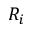
R _ { i }